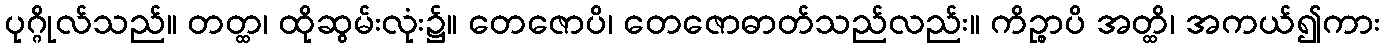
ပုဂ္ဂိုလ်သည်။ တတ္ထ၊ ထိုဆွမ်းလုံး၌။ တေဇောပိ၊ တေဇောဓာတ်သည်လည်း။ ကိဉ္စာပိ အတ္ထိ၊ အကယ်၍ကား